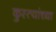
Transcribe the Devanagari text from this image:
कुस्त्यांच्या